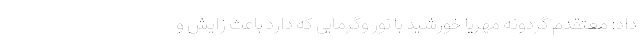
داد: معتقدم گردونه مهریا خورشید با نور وگرمایی که دارد باعث زایش و